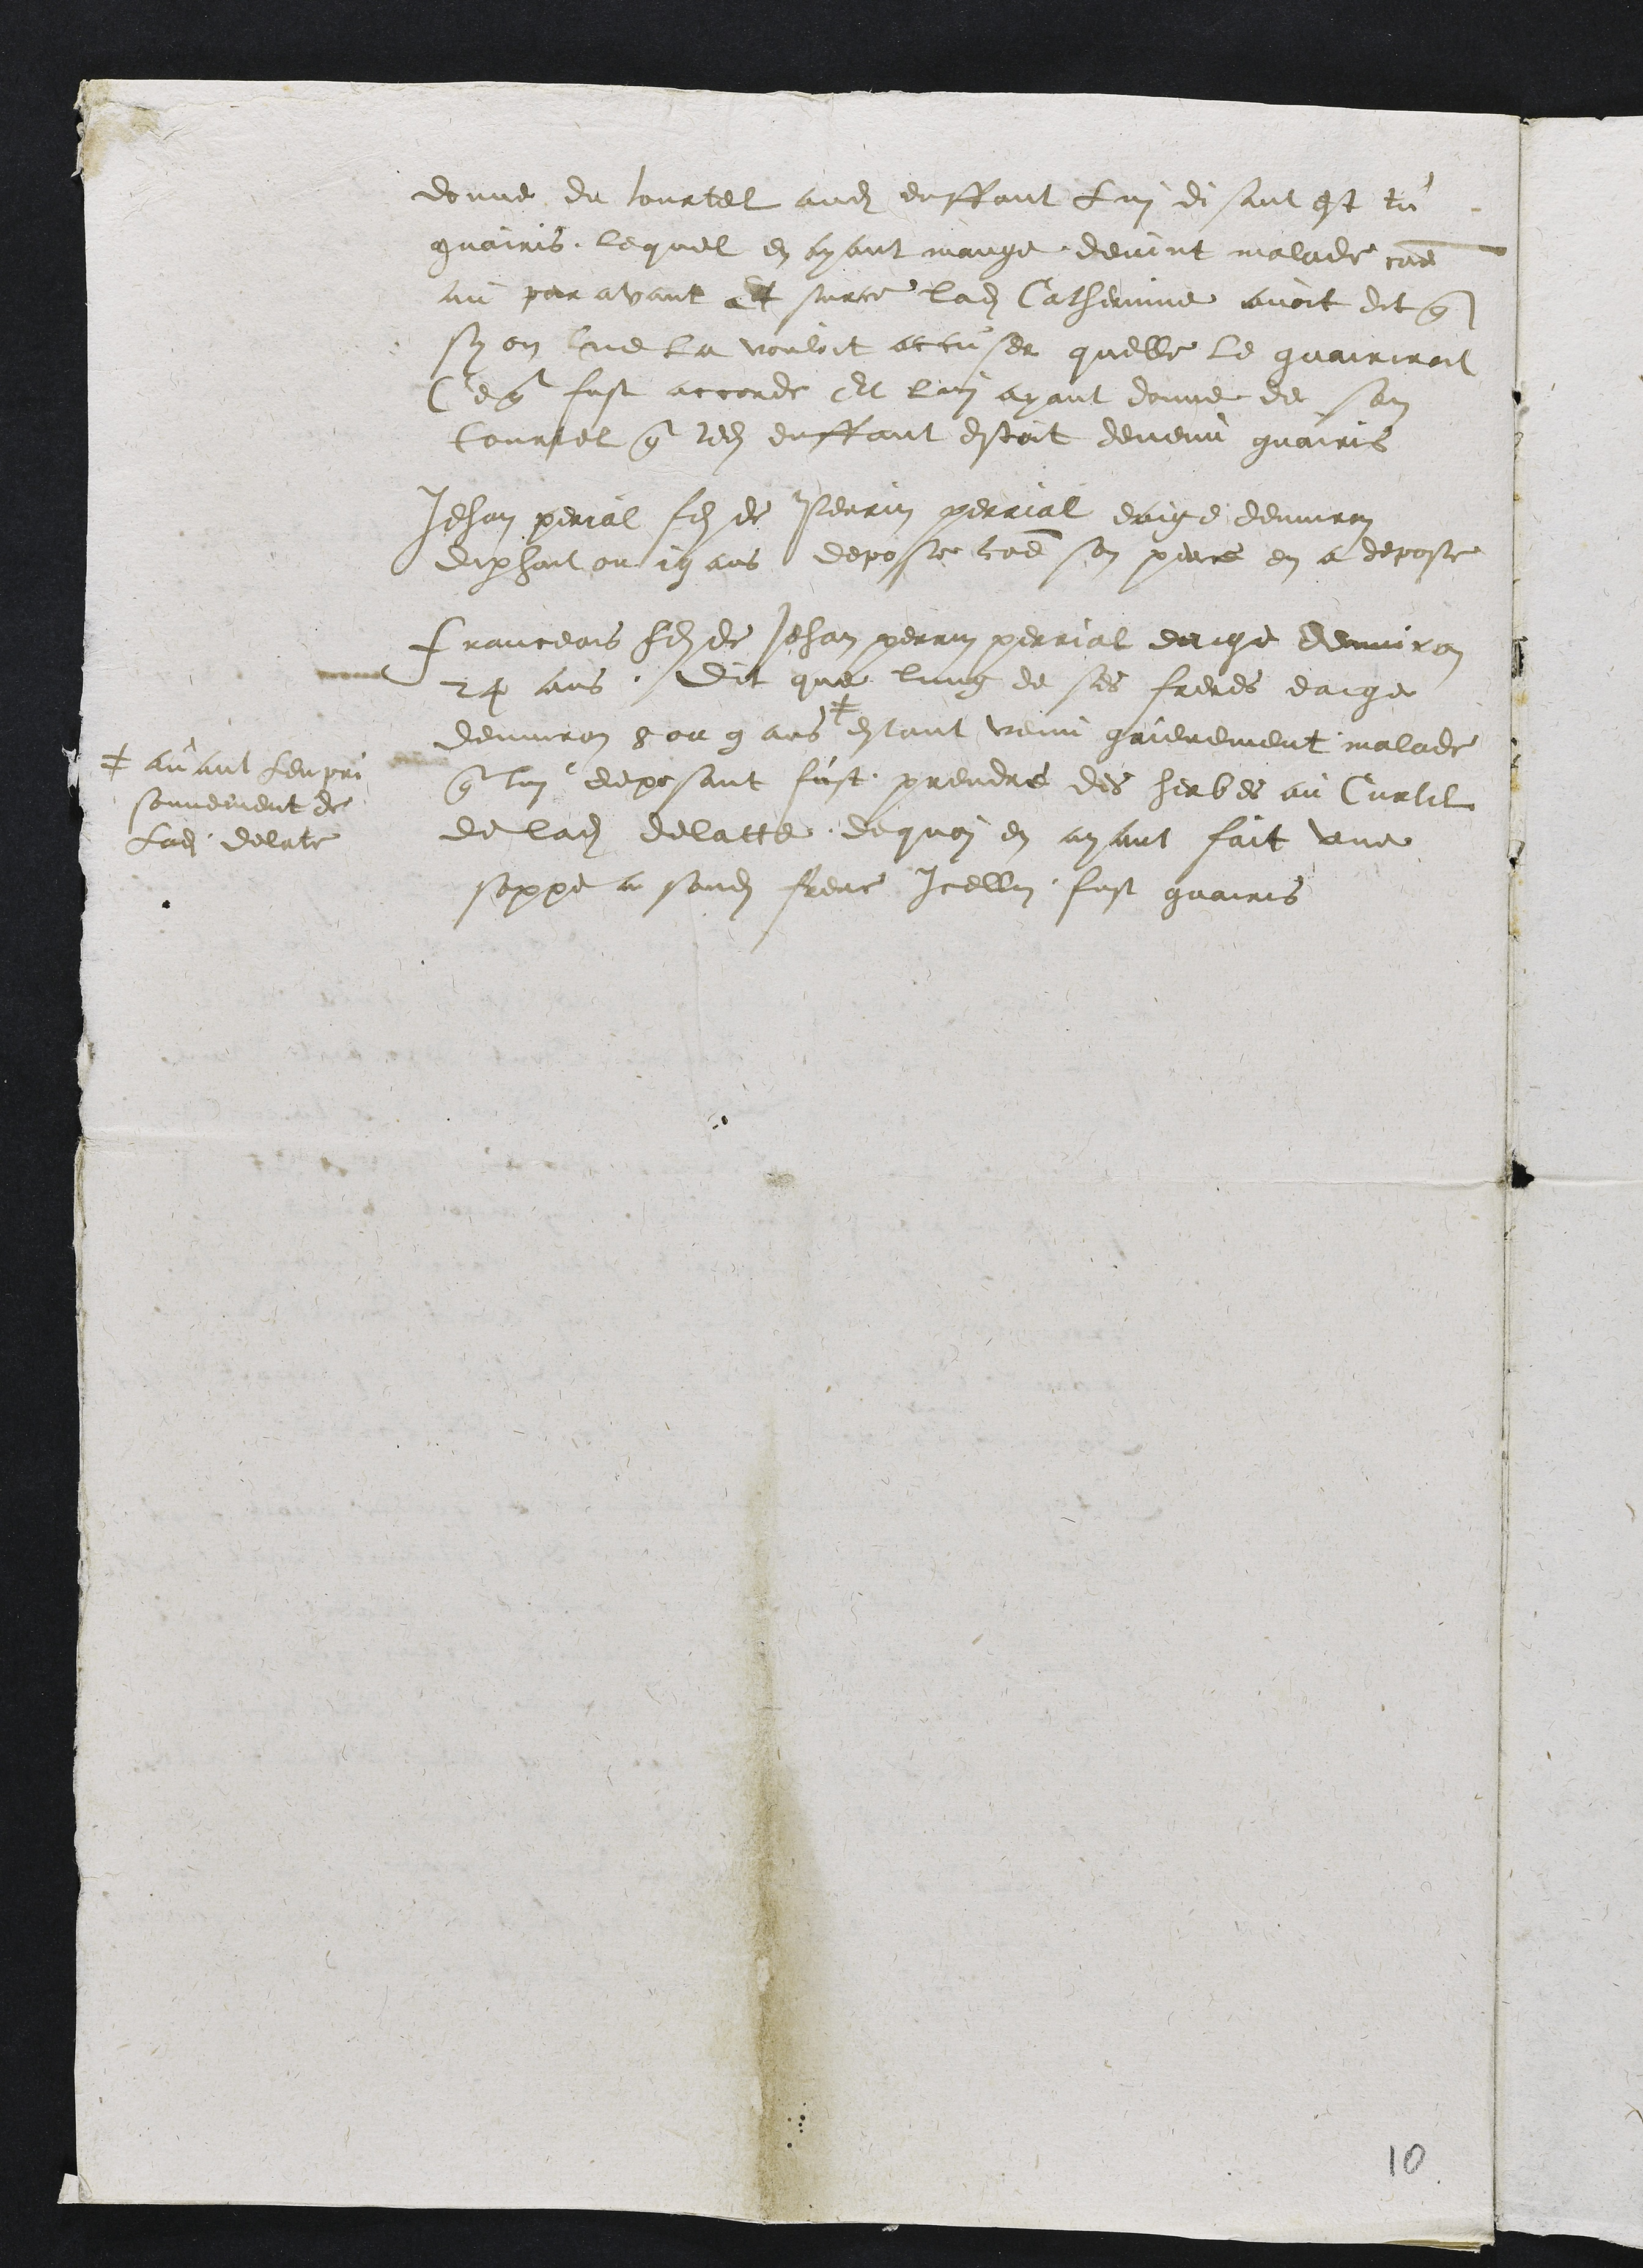
donne du tourtel audit enffant Lui disant est tu
guairis, lequel en ayant mange devint malade comme
au paravant et surce ladite Catherinne avoit dit que
sy on ne la vouloit accuser quelle le guairiroit
Ce que fust accorde Et lui ayant donne de son
tourtel que ledit enffant estoit devenu guairis
Jehan perial fils de Perrin perrial eage denviron
dixhuit ou 19 ans depose comme son perre en a depose
Franceois fils de Jehan perrin perriat eage denviron
24 ans. Dit que lung de ses freres eaige
denviron 8 ou 9 ans #
# avant lempri
sonnement de
ladite delate
estant venu grievement malade
que lui deposant fust prendre des herbes au Curtil
de ladite delatte de quoy en ayant fait une
soppe a sondit frere Icellui fust guairis

10